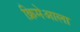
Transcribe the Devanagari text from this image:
क्रिमेआला